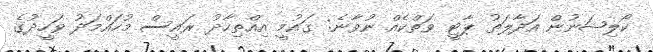
ކޯލިޝަނުން އަދާލަތު ޕާޓީ ވަތްކެއް ނުވާނެ: ގައުމީ އިއްތިހާދު ރައީސް މުހައްމަދު ވަހީދުގެ